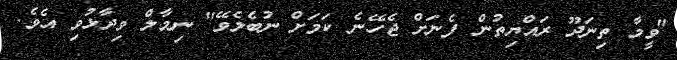
"ވީމާ ތިނަދޫ ރައްޔިތުން ފެނަށް ޖެހޭނެ ކަމަށް ނުބެލެވޭ" ނިމާލް ވިދާޅުވި އެވެ.